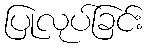
ပြုလုပ်ခြင်း